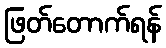
ဖြတ်တောက်ရန်